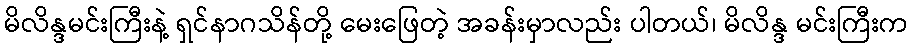
မိလိန္ဒမင်းကြီးနဲ့ ရှင်နာဂသိန်တို့ မေးဖြေတဲ့ အခန်းမှာလည်း ပါတယ်၊ မိလိန္ဒ မင်းကြီးက